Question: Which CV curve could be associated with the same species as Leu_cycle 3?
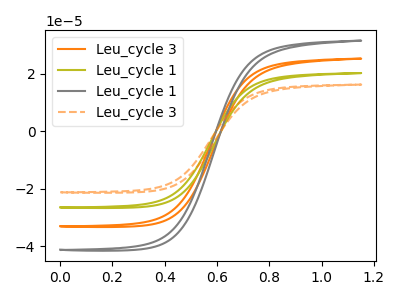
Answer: <think>The orange curve "Leu_cycle 3" has no peaks. The olive curve "Leu_cycle 1" has no peaks. The gray curve "Leu_cycle 1" has no peaks. The orange dashed curve "Leu_cycle 3" has no peaks.
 Neither "Leu_cycle 3" or "Leu_cycle 1" have any peaks. Neither "Leu_cycle 3" or "Leu_cycle 1" have any peaks. Neither "Leu_cycle 3" or "Leu_cycle 3" have any peaks. Neither "Leu_cycle 1" or "Leu_cycle 1" have any peaks. Neither "Leu_cycle 1" or "Leu_cycle 3" have any peaks. Neither "Leu_cycle 1" or "Leu_cycle 3" have any peaks.</think>
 <answer>"Leu_cycle 3", "Leu_cycle 1" and "Leu_cycle 1" have a similar shape to "Leu_cycle 3".</answer>
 <eval>"Leu_cycle 3" "Leu_cycle 1" "Leu_cycle 1"</eval>